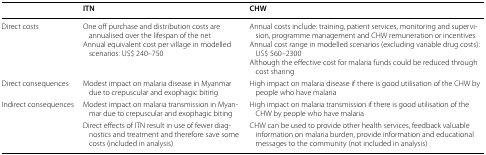
<table><thead><tr><td></td><td><b>ITN</b></td><td><b>CHW</b></td></tr></thead><tbody><tr><td>Direct costs</td><td>One off purchase and distribution costs are annualised over the lifespan of the netAnnual equivalent cost per village in modelled scenarios: US$ 240–750</td><td>Annual costs include: training, patient services, monitoring and supervision, programme management and CHW remuneration or incentives.Annual cost range in modelled scenarios (excluding variable drug costs): US$ 560–2300Although the effective cost for malaria funds could be reduced through cost sharing</td></tr><tr><td>Direct consequences</td><td>Modest impact on malaria disease in Myanmar due to crepuscular and exophagic biting</td><td>High impact on malaria disease if there is good utilisation of the CHW by people who have malaria</td></tr><tr><td rowspan="2">Indirect consequences</td><td>Modest impact on malaria transmission in Myanmar due to crepuscular and exophagic biting</td><td>High impact on malaria transmission if there is good utilisation of the CHW by people who have malaria</td></tr><tr><td>Direct effects of ITN result in use of fewer diagnostics and treatment and therefore save some costs (included in analysis)</td><td>CHW can be used to provide other health services, feedback valuable information on malaria burden, provide information and educational messages to the community (not included in analysis)</td></tr></tbody></table>